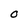
Character: O